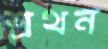
শ্রথন